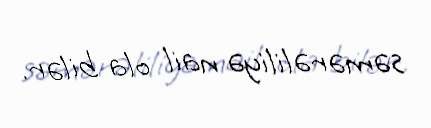
səmərəliliyə nail ola bilər.